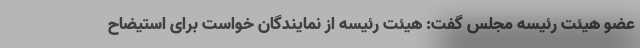
عضو هیئت رئیسه مجلس گفت: هیئت رئیسه از نمایندگان خواست برای استیضاح